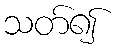
သတ်၍